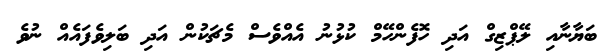
ބަޔާނާއި ލޭޕްޒިގް އަދި ހޮފެންހޭމް ކުޅުނު އެއްވެސް މެޗަކުން އަދި ބަލިވެފައެއް ނުވެ